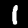
Digit: 1